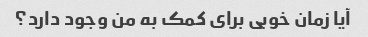
آیا زمان خوبی برای کمک به من وجود دارد؟